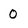
Character: 0